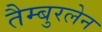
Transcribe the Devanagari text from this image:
तैम्बुरलेन